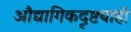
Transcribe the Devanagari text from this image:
औद्यागिकदृष्ट्याही